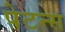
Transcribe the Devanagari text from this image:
पेटन्स